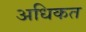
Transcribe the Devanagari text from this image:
अधिकत